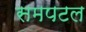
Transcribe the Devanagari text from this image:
समपटल